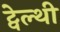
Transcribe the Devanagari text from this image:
ट्वेल्‍थी